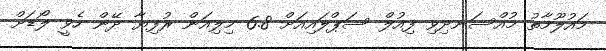
މައުލޫމާތު މުއްސަނދިވި ފިއުލް ސަޕްލައިއަށް 6.8 މިލިއަން ރުފިޔާ ދޭން ހެވީ ލޯޑަށް